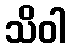
သိဝါ